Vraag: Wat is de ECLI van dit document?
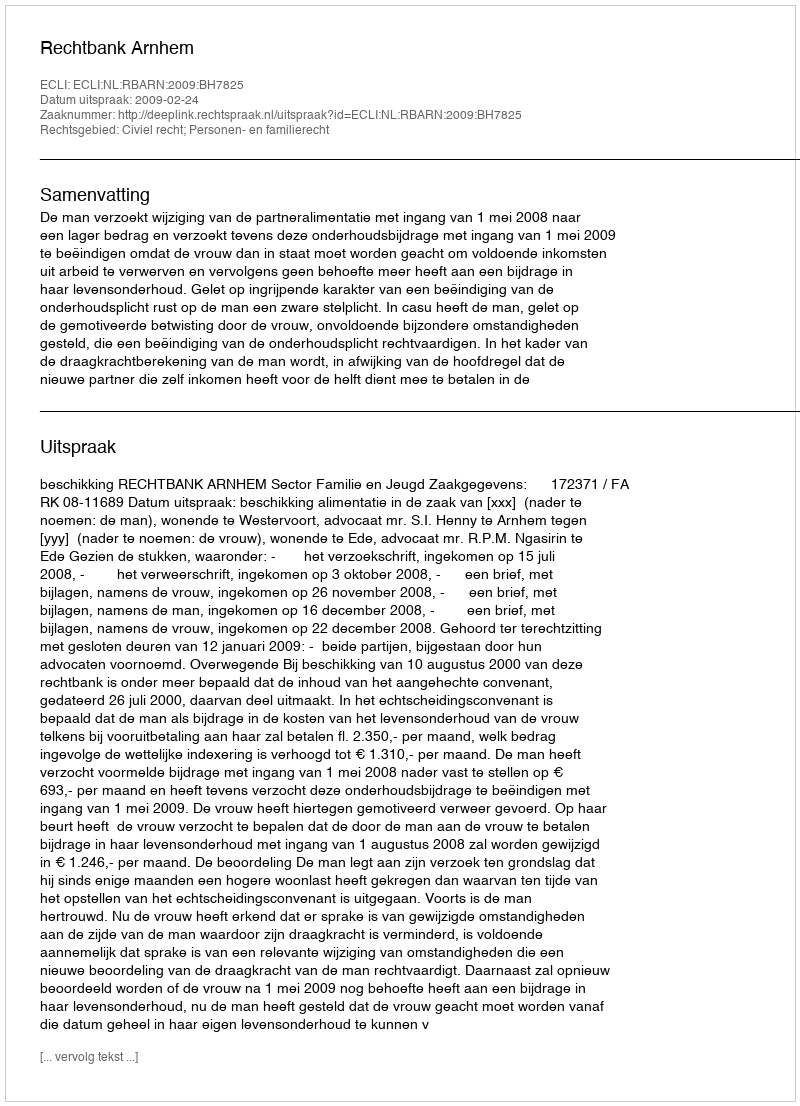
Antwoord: ECLI:NL:RBARN:2009:BH7825